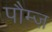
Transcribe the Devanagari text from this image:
पौम्ज़